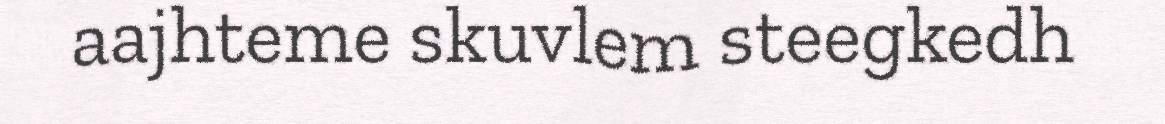
aajhteme skuvlem steegkedh